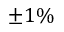
\pm 1 \%